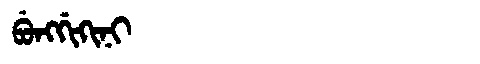
Manchu: ᠪᡠᠩᡤᡳᡴᡳᠨᡳ
Romanization: BUNGGIKINI